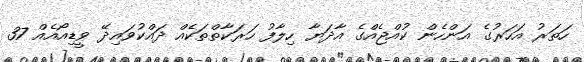
ހަތަރު އަހަރުގެ އަންހެން ކުއްޖެއްގެ އާދަޔާ ހިލާފު ހަރަކާތްތަކެއް ދައްކުވައިދޭ ވީޑިއޯއެއް 37